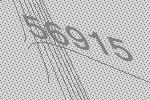
56915